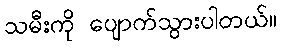
သမီးကို ပျောက်သွားပါတယ်။